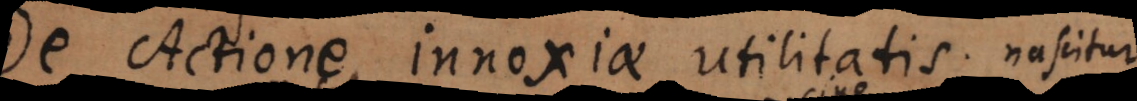
o Actione innoxiae utilitatis. Nascitur